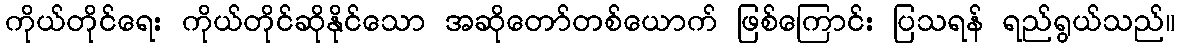
ကိုယ်တိုင်ရေး ကိုယ်တိုင်ဆိုနိုင်သော အဆိုတော်တစ်ယောက် ဖြစ်ကြောင်း ပြသရန် ရည်ရွယ်သည်။